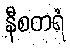
နီစတရံ